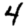
Digit: 4